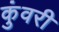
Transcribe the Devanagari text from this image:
कुंवरी